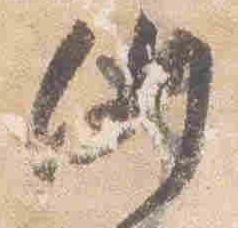
例